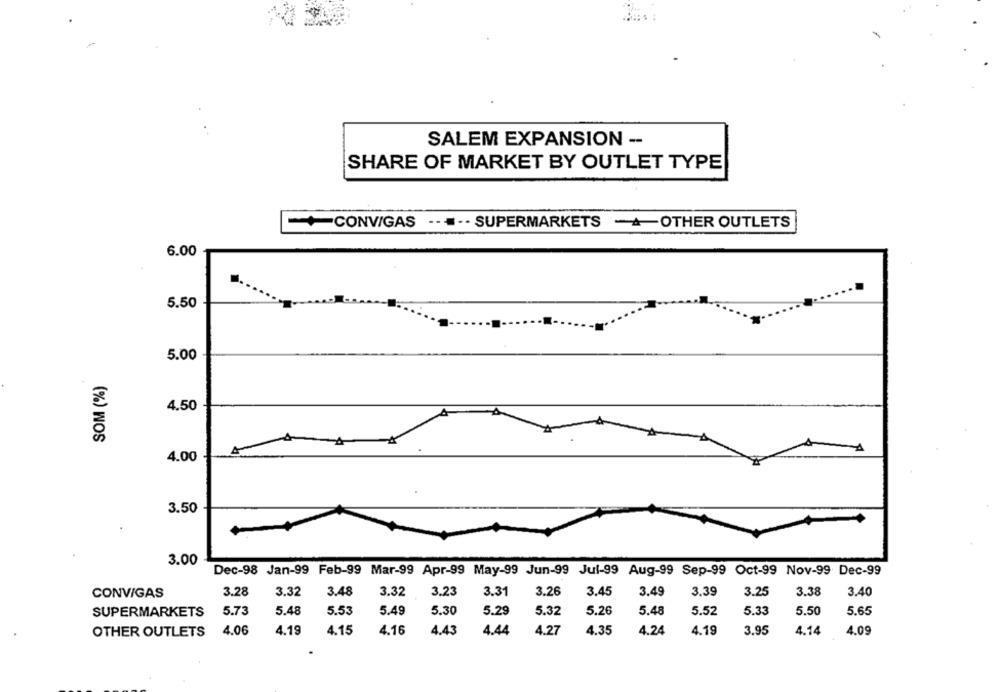
SALEM EXPANSION --
SHARE OF MARKET BY OUTLET TYPE
CONVIGAS
.. ... SUPERMARKETS -+OTHER OUTLETS
6.00
5.50
5.00
SOM (%)
4.50
4.00
3.50
3.00
Dec-98 Jan-99 Feb-99 Mar-99 Apr-99 May-99 Jun-99 Jul-99 Aug-99 Sep-99 Oct-99 Nov-99 Dec-99
CONVIGAS
3.28
3.32
3.48
3.32
3.23
3.31
3.26
3.45
3.49
3.39
3.25
3.38
3.40
SUPERMARKETS
5.73
5.48
5.53
5.49
5.30
5.29
5.32
5.26
5.48
5.52
5.33
5.50
5.65
4.06
4.35
4.19
OTHER OUTLETS
4.19
4.15
4.16
4.43
4.44
4.27
4.24
3.95
4.14
4.09